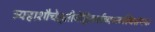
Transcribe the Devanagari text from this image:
त्र्यहाशौचेतृतीयेह्निकर्तव्यस्त्वस्थिसंचयः